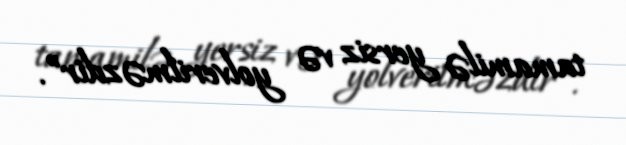
tamamilə yersiz və yolverilməzdir”.